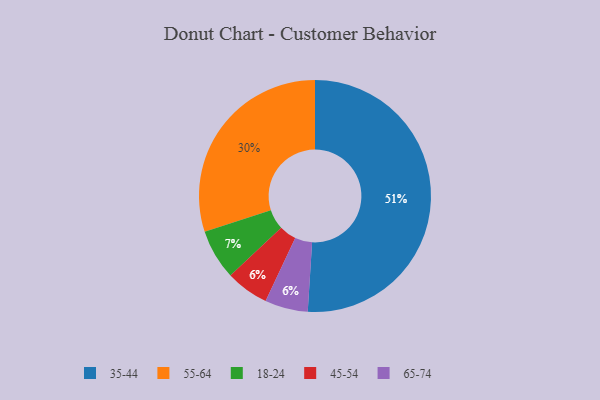
{"axis": {"x": "Category", "y": "Percentage"}, "legend": ["18-24", "35-44", "45-54", "55-64", "65-74"], "data": [{"x": "55-64", "y": 30, "type": "55-64"}, {"x": "45-54", "y": 6, "type": "45-54"}, {"x": "18-24", "y": 7, "type": "18-24"}, {"x": "65-74", "y": 6, "type": "65-74"}, {"x": "35-44", "y": 51, "type": "35-44"}]}